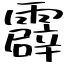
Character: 霹